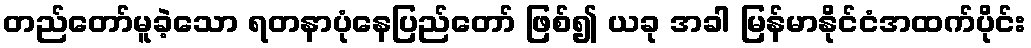
တည်တော်မူခဲ့သော ရတနာပုံနေပြည်တော် ဖြစ်၍ ယခု အခါ မြန်မာနိုင်ငံအထက်ပိုင်း